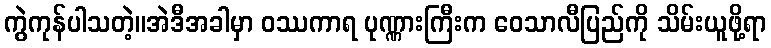
ကွဲကုန်ပါသတဲ့။အဲဒီအခါမှာ ဝဿကာရ ပုဏ္ဏားကြီးက ဝေသာလီပြည်ကို သိမ်းယူဖို့ရာ